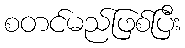
စတင်မည်ဖြစ်ပြီး